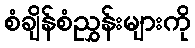
စံချိန်စံညွှန်းများကို